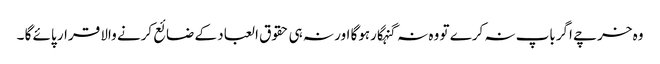
وہ خرچے اگرباپ نہ کرے تو وہ نہ گنہگارہوگا اور نہ ہی حقوق العباد کے ضائع کرنے والا قرار پائے گا ۔